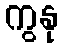
ကွနု